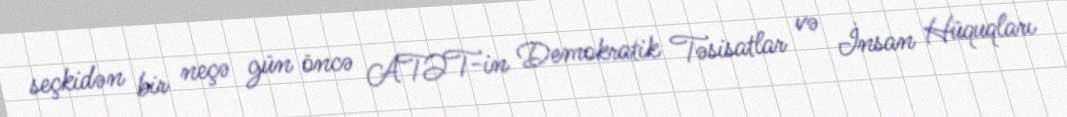
seçkidən bir neçə gün öncə ATƏT-in Demokratik Təsisatlar və İnsan Hüquqları